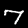
Digit: 7